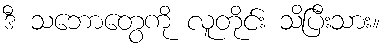
ဒီ သဘောတွေကို လူတိုင်း သိပြီးသား။